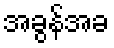
အခွန်အခ